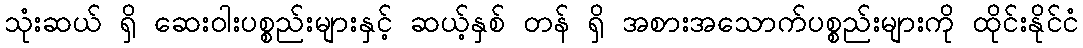
သုံးဆယ် ရှိ ဆေးဝါးပစ္စည်းများနှင့် ဆယ့်နှစ် တန် ရှိ အစားအသောက်ပစ္စည်းများကို ထိုင်းနိုင်ငံ